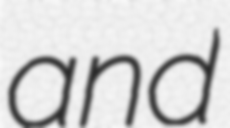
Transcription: and